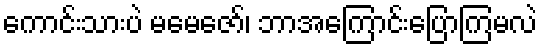
ကောင်းသားပဲ မမေဇော်၊ ဘာအကြောင်းပြောကြမလဲ